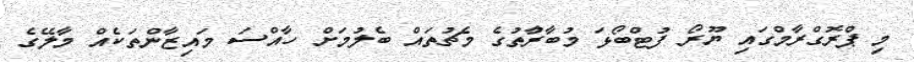
މި ޕްރޮގްރާމްގައި ޔޫރޯ ފުޓްބޯޅަ މުބާރާުތުގެ މެޗުތައް ބެލުމަށް ހާއްސަ މައިޒާންތަކެއް މާލޭގެ